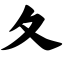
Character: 夂